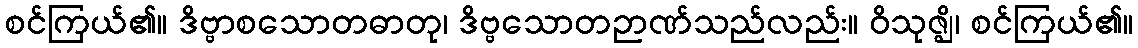
စင်ကြယ်၏။ ဒိဗ္ဗာစသောတဓာတု၊ ဒိဗ္ဗသောတဉာဏ်သည်လည်း။ ဝိသုဇ္ဈိ၊ စင်ကြယ်၏။